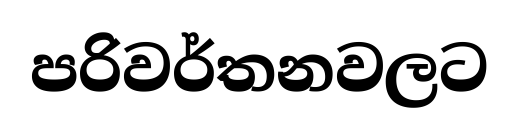
පරිවර්තනවලට